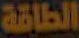
الطاقة